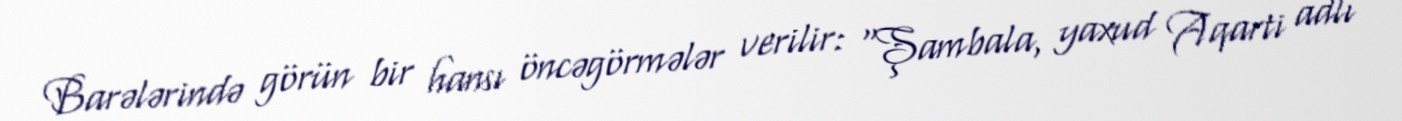
Barələrində görün bir hansı öncəgörmələr verilir: “Şambala, yaxud Aqarti adlı